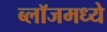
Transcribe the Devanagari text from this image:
ब्लॉजमध्ये